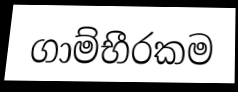
ගාම්භීරකම